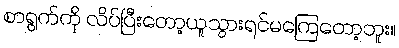
စာရွက်ကို လိပ်ပြီးတော့ယူသွားရင်မကြေတော့ဘူး။